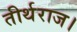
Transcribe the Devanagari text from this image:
तीर्थराज।